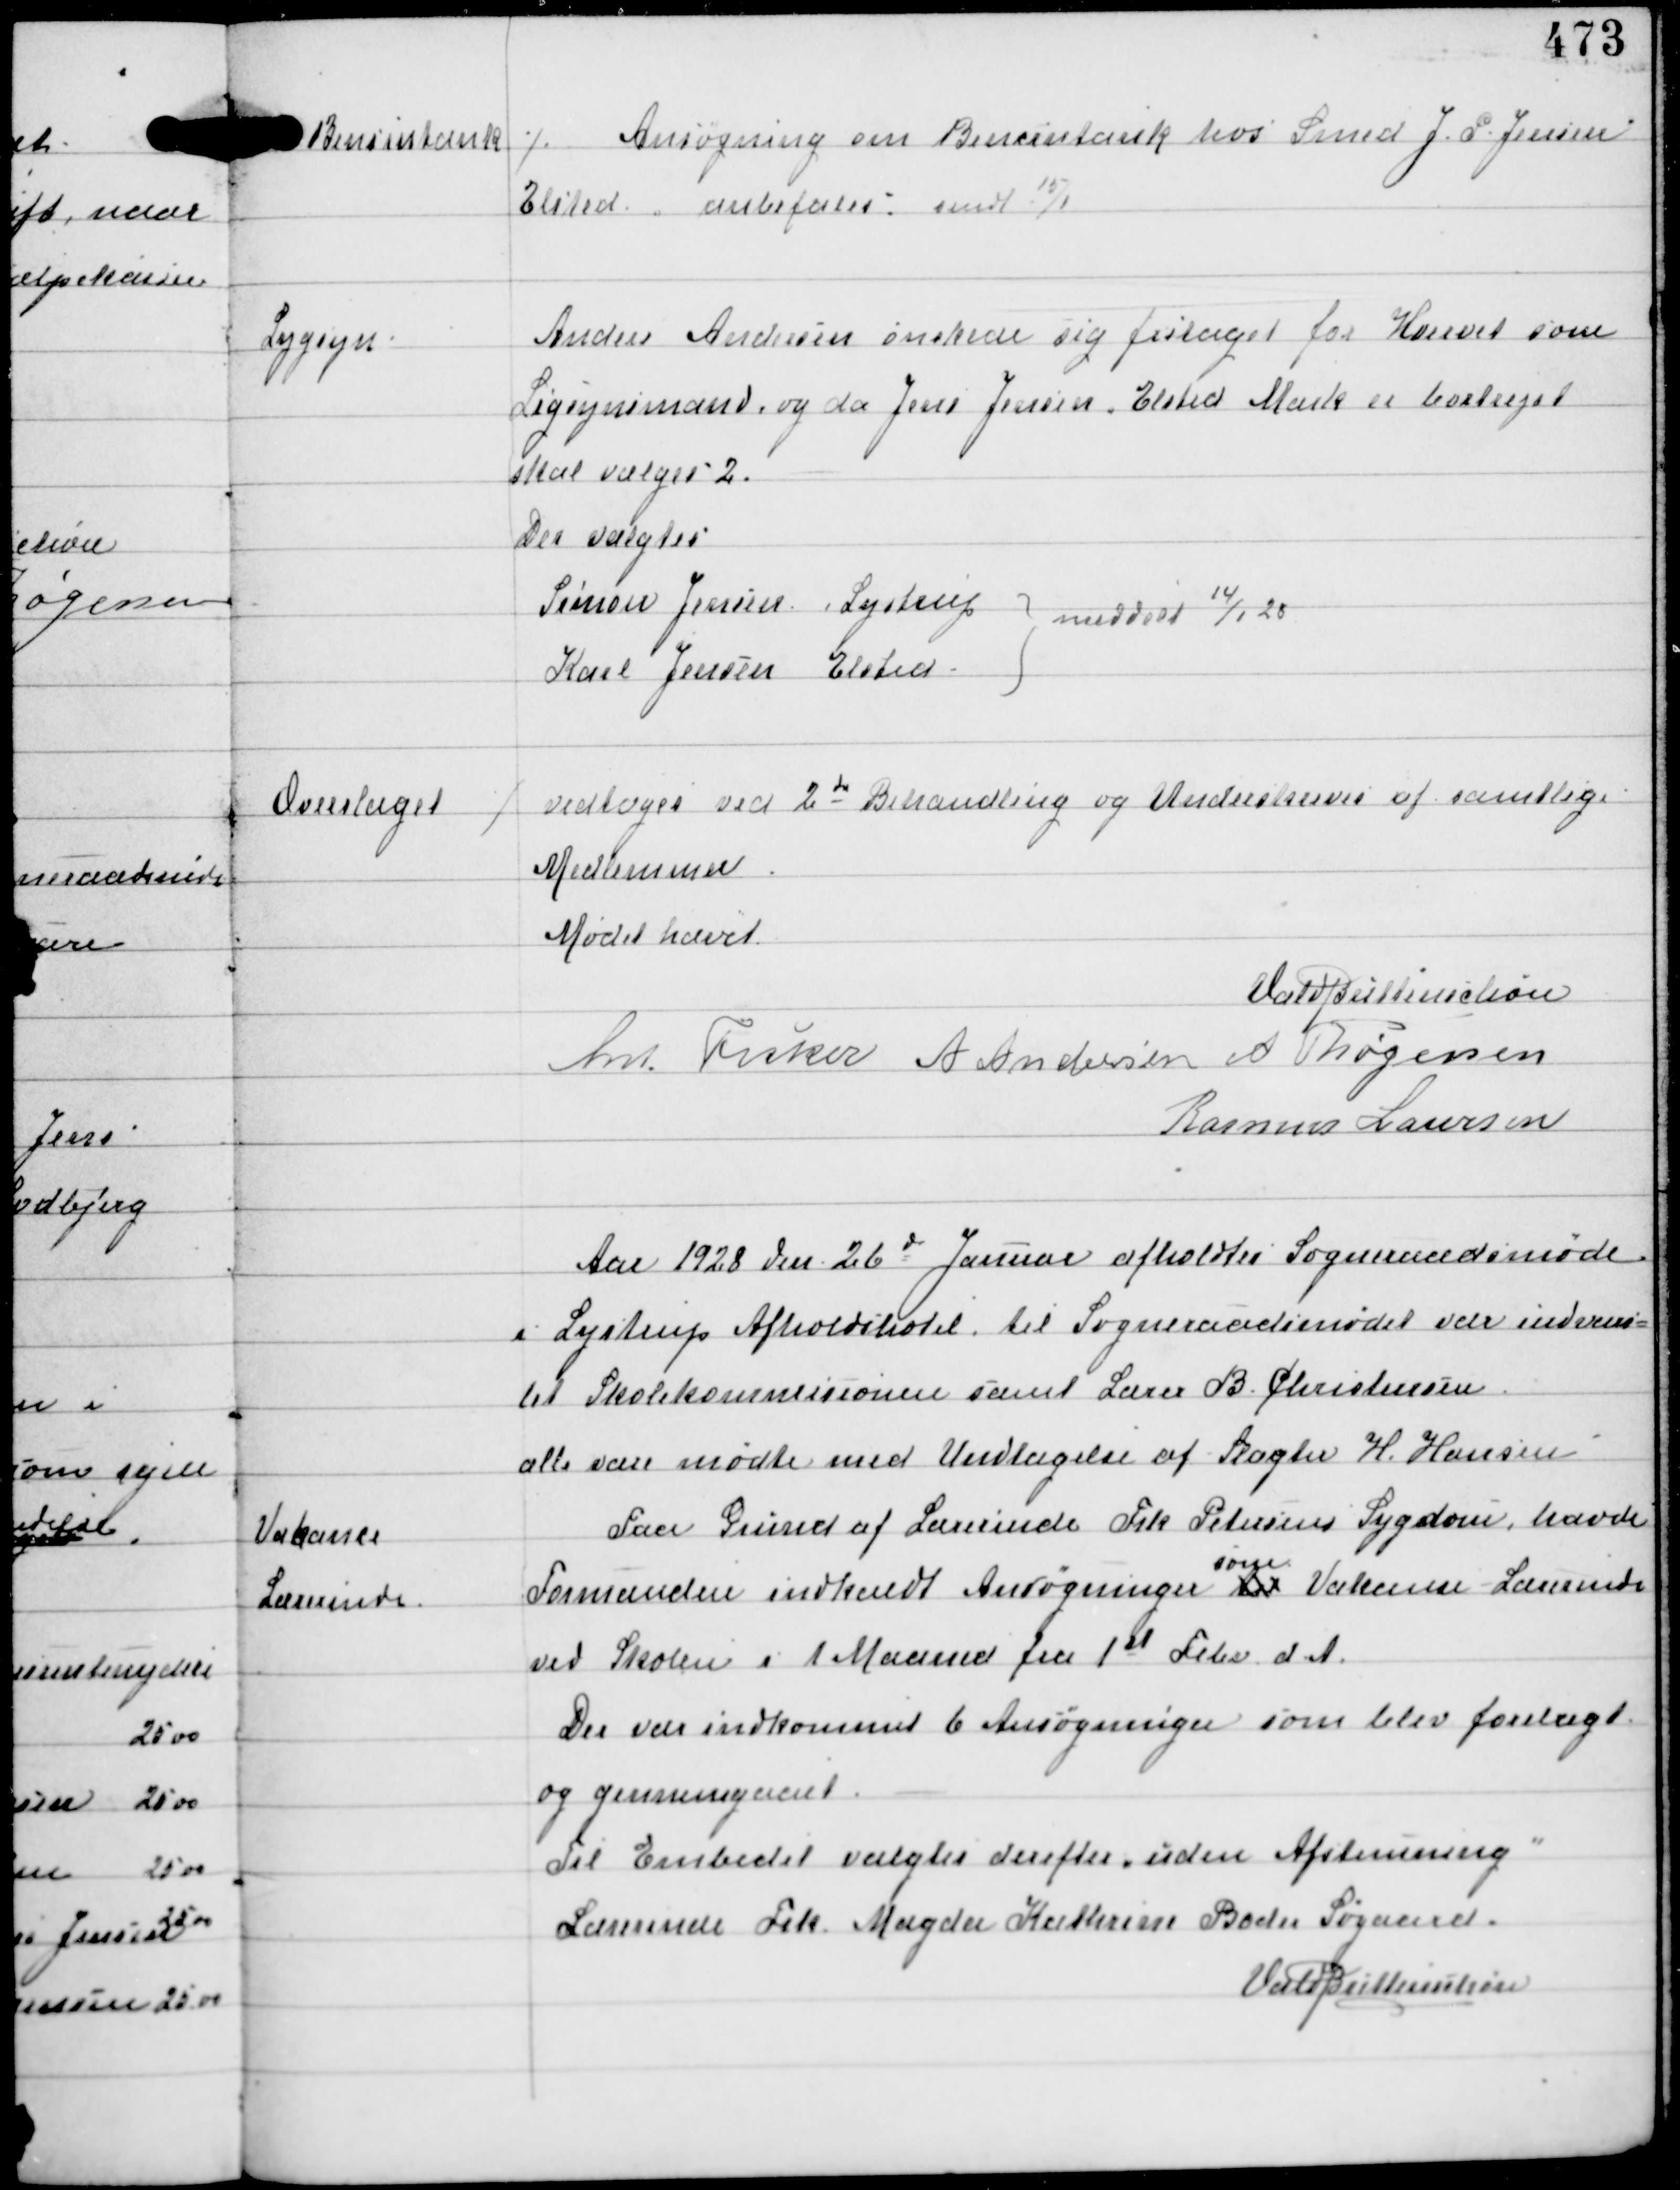
Transskription:
Benzintank

⁒ Ansøgning om Benzintank hos Smed J. P. Jensen
Elsted, anbefales: sendt 15/1

Lygsyn

Anders Andersen ønskede sig fritaget for Hvervet som
Ligsynsmand, og da Jens Jensen, Elsted Mark er bortrejst
skal vælges 2.
Der valgtes
Simon Jensen, Lystrup
Karl Jensen, Elsted
meddelt 14/1 28

Overslaget

⁒ vedtoges ved 2d Behandling og Underskreves af samtlige
Medlemmer

Mødet hævet
Vald Buttenschøn
Ant Fisker A Andersen A Thøgersen
Rasmus Laursen

Aar 1928 den 26d Januar afholdtes Sogneraadsmøde
i Lystrup Afholdshotel til Sogneraadsmødet var indvarslet
til Skolekommissionen samt Lærer B Christensen
alle vare mødte med Undtagelse af Slagter H. Hansen

Vakance
Lærerinde

Paa Grund af Lærerinde Frk Petersens Sygdom, havde
Formanden indkaldt Ansøgninger til
som
Vakance Lærerinde
ved Skolen i 1 Maaned fra 1st Febr d.A.
Der var indkommet 6 Ansøgninger som blev forelagt
og gennemgaaet.
Til Embedet valgtes derefter uden Afstemning
Lærerinde Frk. Magda Kathrine Boder Søgaard.

Vald Buttenschøn